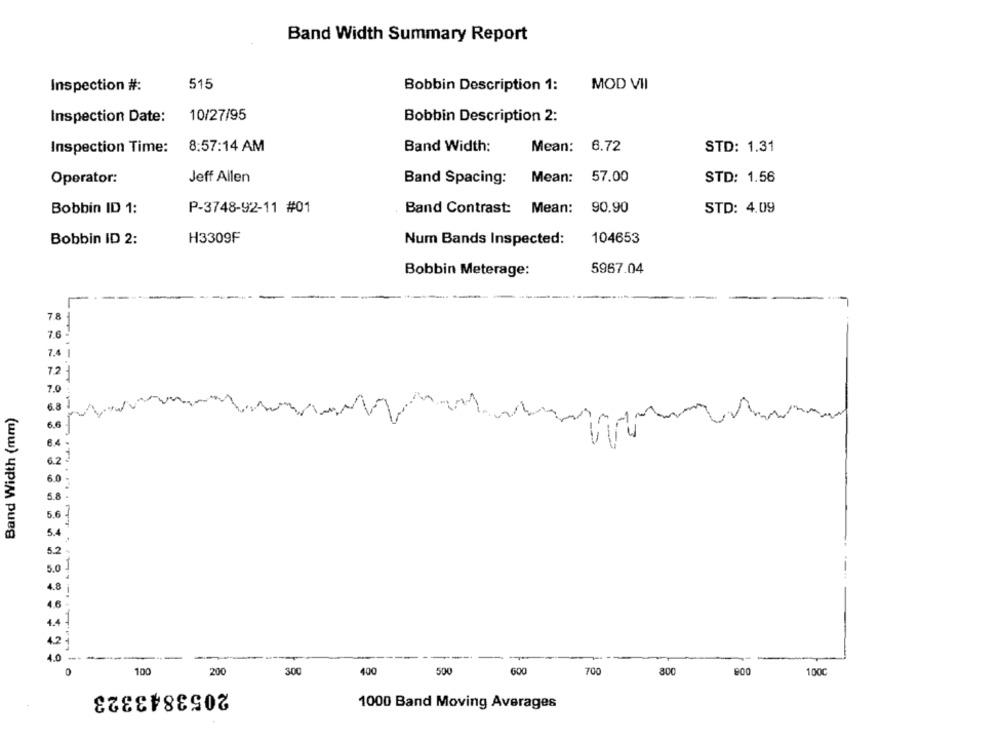
Band Width Summary Report
Inspection #:
515
Bobbin Description 1:
MOD VII
Inspection Date:
10/27/95
Bobbin Description 2:
8:57:14 AM
Band Width:
Mean:
6.72
STD: 1.31
Inspection Time:
Mean:
57.00
STD: 1.56
Operator:
Jeff Allen
Band Spacing:
Bobbin ID 1:
P-3748-92-11 #01
Band Contrast: Mean:
90.90
STD: 4.09
Bobbin ID 2:
H3309F
Num Bands Inspected:
104653
Bobbin Meterage:
5967.04
7.0
Band Width (mm)
5.2
5.0
4.0 -
100
200
300
400
500
600
700
800
1000
2053843323
1000 Band Moving Averages